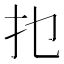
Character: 𰒹